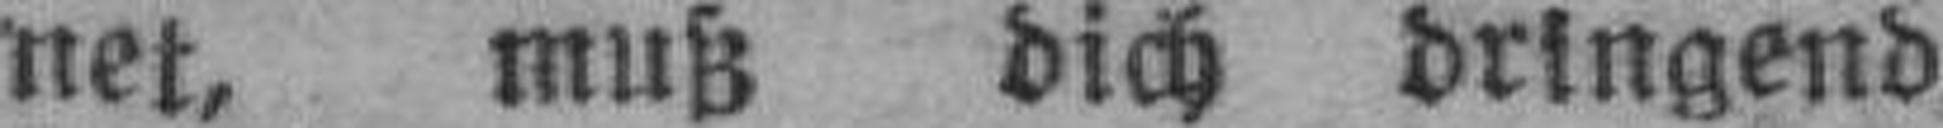
net, muß dich dringend